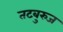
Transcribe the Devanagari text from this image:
तटबुरुज